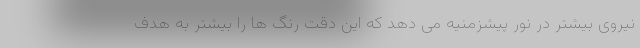
نیروی بیشتر در نور پیشزمنیه می دهد که این دقت رنگ ها را بیشتر به هدف